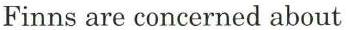
Finns are concerned about